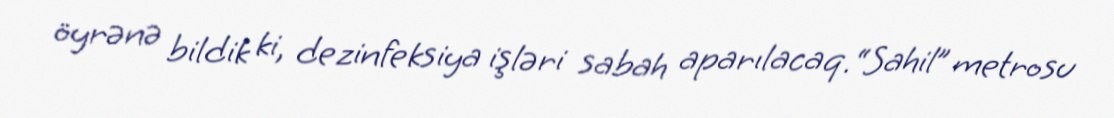
öyrənə bildik ki, dezinfeksiya işləri sabah aparılacaq.“Sahil” metrosu